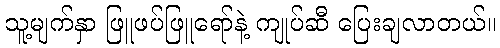
သူ့မျက်နှာ ဖြူဖပ်ဖြူရော်နဲ့ ကျုပ်ဆီ ပြေးချလာတယ်။